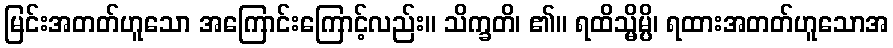
မြင်းအတတ်ဟူသော အကြောင်းကြောင့်လည်း။ သိက္ခတိ၊ ၏။ ရထိသ္မိမ္ပိ၊ ရထားအတတ်ဟူသောအ